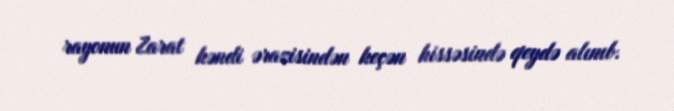
rayonun Zarat kəndi ərazisindən keçən hissəsində qeydə alınıb.